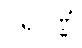
ပရိပုဏ္ဏံ